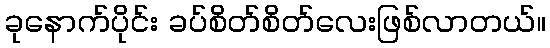
ခုနောက်ပိုင်း ခပ်စိတ်စိတ်လေးဖြစ်လာတယ်။